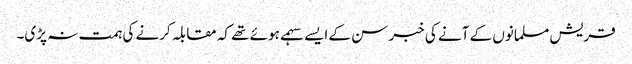
قریش مسلمانوں کے آنے کی خبر سن کے ایسے سہمے ہوئے تھے کہ مقابلہ کرنے کی ہمت نہ پڑی۔